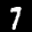
Label: 7